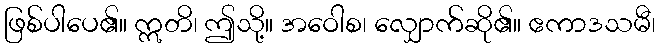
ဖြစ်ပါပေ၏။ ဣတိ၊ ဤသို့။ အဝေါစ၊ လျှောက်ဆို၏။ ဧကာဒသမီ၊